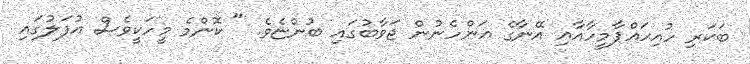
ބަކަރި ހުއިހައްޕާމީހާއާއި އޭނާގެ އަންހެނުން ޖަވާބުގައި ބުންޏެވެ. " ކޮންމެ މީހަކީވެސް އުފަލުގައި